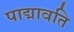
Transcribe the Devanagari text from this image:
पाद्मावति